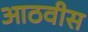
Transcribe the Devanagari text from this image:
आठवीस